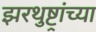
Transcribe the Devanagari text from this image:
झरथुष्ट्रांच्या